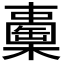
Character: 𣞈